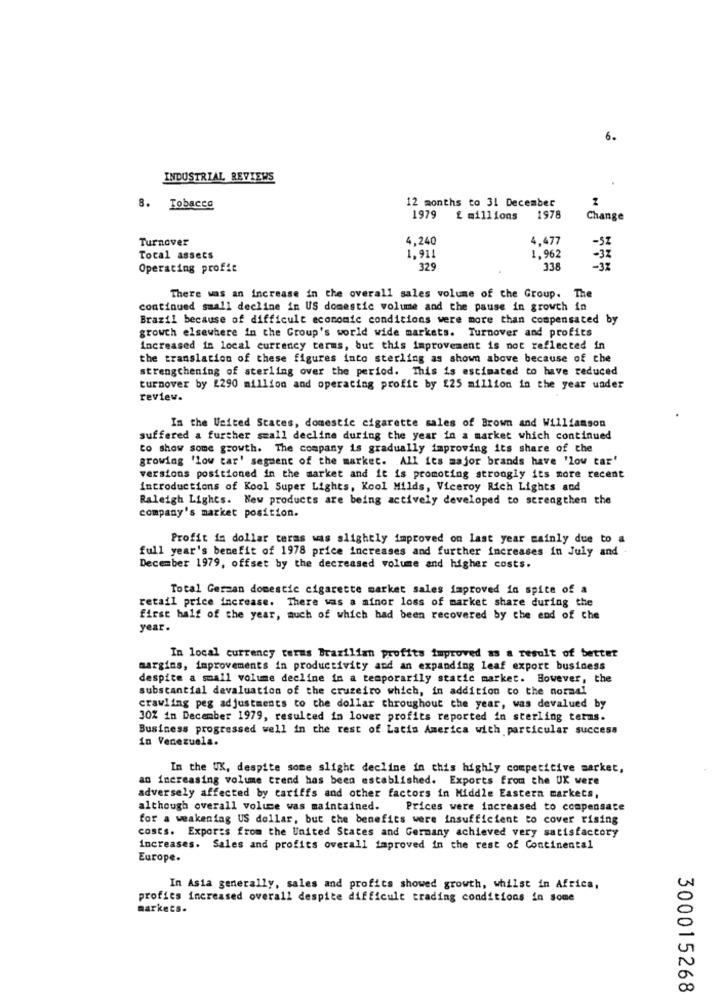
6.
INDUSTRIAL REVIEWS
12 months to 31 December
1
8. Tobacco
1979 £ millions
1978
Change
Turnover
4,240
4.477
-SI
Total assets
1.911
1.962
- 32
Operating profit
329
338
There was an increase in the overall sales volume of the Group. The
continued small decline in US domestic volume and the pause in growth in
Brazil because of difficult economic conditions were more than compensated by
growth elsewhere in the Group's world wide markets. Turnover and profits
increased in local currency terms, but this improvement is not reflected in
the translation of these figures into sterling as shown above because of che
strengthening of sterling over the period. This is estimated to have reduced
turnover by £290 million and operating profit by £25 million in the year under
review.
In the United States, domestic cigarette sales of Brown and Williamson
suffered a further small decline during the year in a market which continued
to show some growth. The company is gradually improving its share of the
growing 'low car' segment of the market. All its major brands have 'low car'
versions positioned in the market and it is promoting strongly its more recent
introductions of Kool Super Lights, Kool Milds, Viceroy Rich Lights and
Raleigh Lights. New products are being actively developed to strengthen the
company's market position.
Profit in dollar teras was slightly improved on last year mainly due to a
full year's benefit of 1978 price increases and further increases in July and -
December 1979, offset by the decreased volume and higher costs.
Total Gerzan domestic cigarette market sales improved in spite of a
retail price increase. There was a minor loss of market share during the
first half of the year, much of which had been recovered by the end of che
year.
In local currency terms Brazilian profits improved as a result of better
margins, improvements in productivity and an expanding leaf export business
despite a small volume decline in a temporarily static market. However, the
substantial devaluation of the cruzeiro which, in addition to the normal
crawling peg adjustments to the dollar throughout the year, was devalued by
30% in December 1979, resulted in lower profits reported in sterling terms.
Business progressed well in the rest of Latin America with particular success
in Venezuela.
In the UK, despite some slight decline in this highly competitive market,
an increasing volume trend has been established. Exports from the UK were
adversely affected by cariffs and other factors in Middle Eastern markets,
although overall volue was maintained. Prices were increased to compensate
for a weakening US dollar, but the benefits were insufficient to cover rising
costs. Exports from the United States and Germany achieved very satisfactory
increases. Sales and profits overall improved in the rest of Continental
Europe.
In Asia generally, sales and profits showed growth, whilst in Africa,
profies increased overall despite difficult trading conditions in some
markets.
300015268